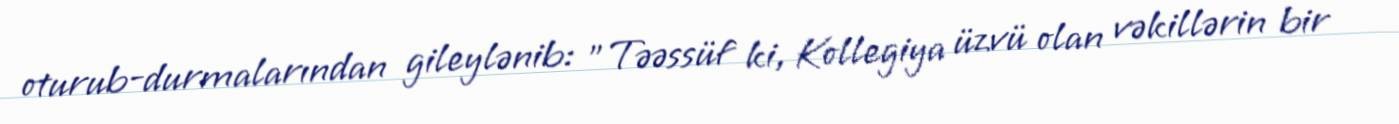
oturub-durmalarından gileylənib: "Təəssüf ki, Kollegiya üzvü olan vəkillərin bir